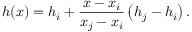
h ( x ) = h _ { i } + \frac { x - x _ { i } } { x _ { j } - x _ { i } } \left( h _ { j } - h _ { i } \right) .